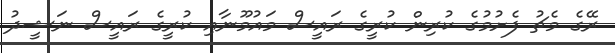
ރޭގެ މެޗު ފެށުމުގެ ކުރިން ކުރީގެ ރައީސް މައުމޫނާއި ކުރީގެ ރައީސް ނަޝީދު